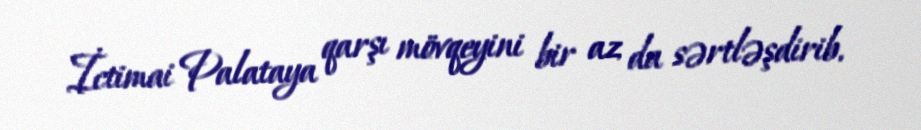
İctimai Palataya qarşı mövqeyini bir az da sərtləşdirib.